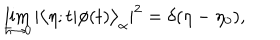
\lim _ { \hbar \to 0 } | \bigl < \eta ; t | \phi ( t ) \bigr > _ { \alpha } | ^ { 2 } = \delta ( \eta - \eta _ { 0 } ) ,